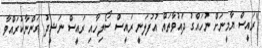
"ރައީސް ޔާމީނަށް ނުހައްގު ދައުވާތައް އުފުލަނީ ރައީސް ސޯލިހާއި ރައީސް ނަޝީދު ގަންނާކުރައްވާ